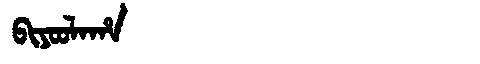
Manchu: ᠪᡳᠶᠣᠣᠯᠠᡥᠠ
Romanization: BIYOOLAHA